Rangoon Lunatic Asylum 1898-1906 - 1898-1906
Year: 1898
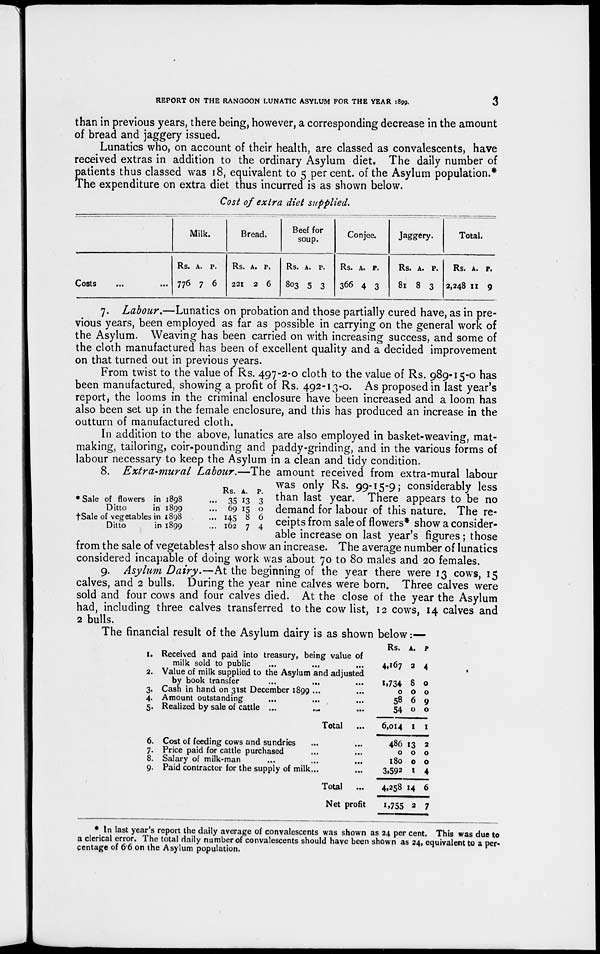
REPORT ON THE RANGOON LUNATIC ASYLUM FOR THE YEAR 1899.
3
than in previous years, there being, however, a corresponding decrease in the amount
of bread and jaggery issued.
Lunatics who, on account of their health, are classed as convalescents, have
received extras in addition to the ordinary Asylum diet. The daily number of
patients thus classed was 18, equivalent to 5 per cent. of the Asylum population.*
The expenditure on extra diet thus incurred is as shown below.
Cost of extra diet
supplied.
Costs
...
...
Milk.
Rs.
776
A.
7
P.
6
Bread.
Rs.
221
A.
2
P.
6
Beef for
soup.
Rs.
803
A.
5
P.
3
Conjee.
Rs.
366
A.
4
P.
3
Jaggery.
Rs.
81
A.
8
P.
3
Total.
Rs.
2,248
A.
11
P.
9
7. Labour.—Lunatics on probation and those partially cured have, as in pre-
vious years, been employed as far as possible in carrying on the general work of
the Asylum. Weaving has been carried on with increasing success, and some of
the cloth manufactured has been of excellent quality and a decided improvement
on that turned out in previous years.
From twist to the value of Rs. 497-2-0 cloth to the value of Rs. 989-15-0 has
been manufactured, showing a profit of Rs. 492-13-0. As proposed in last year's
report, the looms in the criminal enclosure have been increased and a loom has
also been set up in the female enclosure, and this has produced an increase in the
outturn of manufactured cloth.
In addition to the above, lunatics are also employed in basket-weaving, mat-
making, tailoring, coir-pounding and paddy-grinding, and in the various forms of
labour necessary to keep the Asylum in a clean and tidy condition.
*Sale of flowers in 1898 ...
Ditto
in 1899 ...
†Sale of vegetables in 1898 ...
Ditto
in 1899 ...
Rs.
35
69
145
162
A.
13
15
8
7
P.
3
0
6
4
8. Extra-mural Labour.—The amount received from extra-mural labour
was only Rs. 99-15-9; considerably less
than last year. There appears to be no
demand for labour of this nature. The re-
ceipts from sale of flowers* show a consider-
able increase on last year's figures; those
from the sale of vegetables† also show an increase. The average number of lunatics
considered incapable of doing work was about 70 to 80 males and 20 females.
9. Asylum Dairy.—At the beginning of the year there were 13 cows, 15
calves, and 2 bulls. During the year nine calves were born. Three calves were
sold and four cows and four calves died. At the close of the year the Asylum
had, including three calves transferred to the cow list, 12 cows, 14 calves and
2 bulls.
The financial result of the Asylum dairy is as shown below:—
I.
2.
3.
4.
5.
6.
7.
8.
9.
Received and paid into treasury, being value of
milk sold to public ... ... ...
Value of milk supplied to the Asylum and adjusted
by book transfer ... ... ...
Cash in hand on 31st December 1899 ... ...
Amount outstanding ... ... ...
Realized by sale of cattle ... ... ...
Total ...
Cost of feeding cows and sundries ... ...
Price paid for cattle purchased ... ...
Salary of milk-man ... ... ...
Paid contractor for the supply of milk... ...
Total
...
Net profit
Rs.
4,167
1,734
0
58
54
6,014
486
0
180
3,592
4,258
1,755
A.
2
8
0
6
0
1
13
0
0
1
14
2
P.
4
0
0
9
0
1
2
0
0
4
6
7
* In last year's report the daily average of convalescents was shown as 24 per cent. This was due to
a clerical error. The total daily number of convalescents should have been shown as 24, equivalent to a per-
centage of 6.6 on the Asylum population.